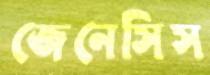
জেনেসিস